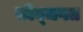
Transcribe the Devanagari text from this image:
जीव्जगत